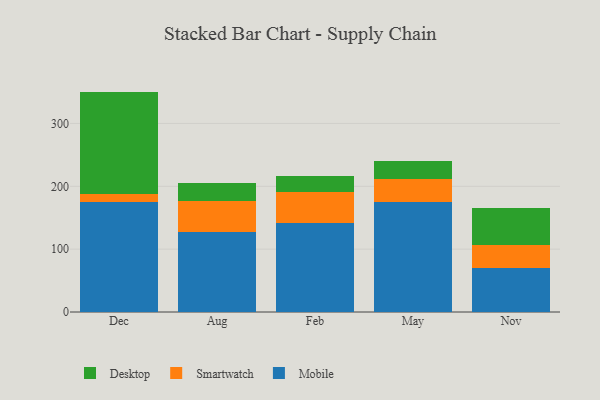
{"axis": {"x": "Month", "y": "Budget (USD K)"}, "legend": ["Desktop", "Mobile", "Smartwatch"], "data": [{"x": "Dec", "y": 175.7, "type": "Mobile"}, {"x": "Dec", "y": 12.7, "type": "Smartwatch"}, {"x": "Dec", "y": 162.3, "type": "Desktop"}, {"x": "Aug", "y": 126.8, "type": "Mobile"}, {"x": "Aug", "y": 49.8, "type": "Smartwatch"}, {"x": "Aug", "y": 29.2, "type": "Desktop"}, {"x": "Feb", "y": 141.9, "type": "Mobile"}, {"x": "Feb", "y": 49.1, "type": "Smartwatch"}, {"x": "Feb", "y": 24.9, "type": "Desktop"}, {"x": "May", "y": 174.7, "type": "Mobile"}, {"x": "May", "y": 37.3, "type": "Smartwatch"}, {"x": "May", "y": 27.7, "type": "Desktop"}, {"x": "Nov", "y": 69.6, "type": "Mobile"}, {"x": "Nov", "y": 36.3, "type": "Smartwatch"}, {"x": "Nov", "y": 59.3, "type": "Desktop"}]}